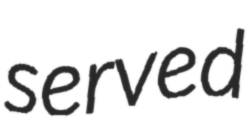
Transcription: served